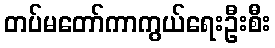
တပ်မတော်ကာကွယ်ရေးဦးစီး